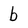
Character: b